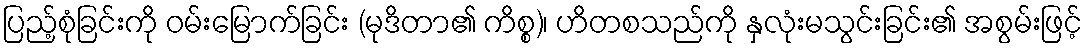
ပြည့်စုံခြင်းကို ဝမ်းမြောက်ခြင်း (မုဒိတာ၏ ကိစ္စ)၊ ဟိတစသည်ကို နှလုံးမသွင်းခြင်း၏ အစွမ်းဖြင့်